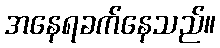
အနေရခက်နေသည်။